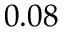
0 . 0 8